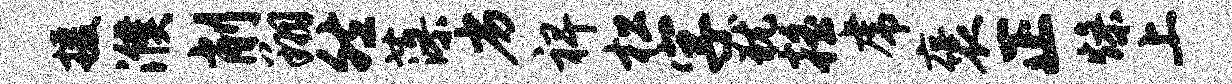
援濮削翔然藻劣裨松字犹摇虎褒正燥上